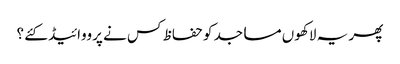
پھر یہ لاکھوں مساجد کو حفاظ کس نے پرووائیڈ کئے ؟